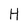
Character: H